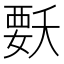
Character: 𭒍